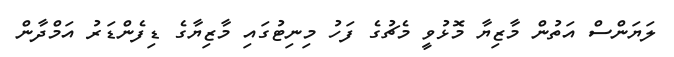
ލަޔަންސް އަތުން މާޒިޔާ މޮޅުވީ މެޗުގެ ފަހު މިނިޓުގައި މާޒިޔާގެ ޑިފެންޑަރު އަމްދާން